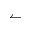
\leftharpoonup